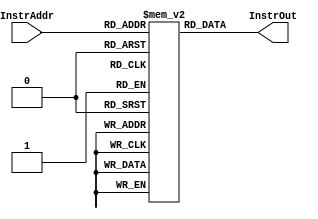
module InstrMem_4k( InstrAddr, InstrOut );
    
    input [11:2] InstrAddr;
    output [31:0] InstrOut;
    
    (* ram_style="block" *) reg [31:0] imem[1023:0];
    
    assign InstrOut = imem[InstrAddr];
    
endmodule